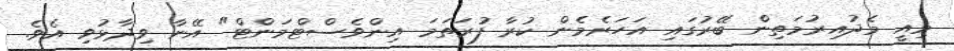
މިއީ މެދުއިރުމަތިން ބޭރުގައި އަހަރެމެން ކުރާ ފުރަތަމަ އިންވެސްޓްމަންޓް" އޭނާ ވިދާޅުވި އެވެ.